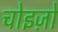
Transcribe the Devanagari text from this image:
चोइज़ो